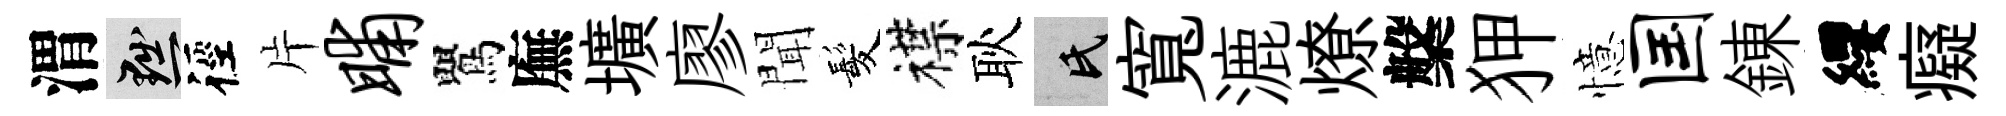
渭黜徑片晡鸎廡壙廖聞髪襟耿氏寬漉燎槃狎憶国錬纓癡